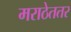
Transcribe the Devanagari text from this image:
मराठेततर